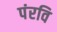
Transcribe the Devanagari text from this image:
पंरवि